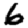
Digit: 6